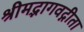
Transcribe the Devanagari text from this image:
श्रीमद्भागवद्गीता